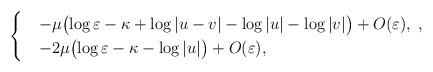
LaTeX: \begin{align*}\begin{cases}& -\mu \bigl(\log\varepsilon - \kappa + \log|u-v| - \log|u| - \log|v| \bigr) + O(\varepsilon), \; , \\ & -2\mu \bigl(\log\varepsilon - \kappa - \log|u| \bigr) + O(\varepsilon), \; \end{cases}\end{align*}